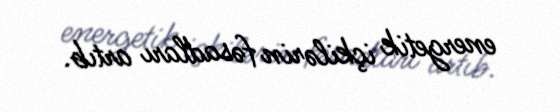
energetik içkilərin fəsadları artıb.